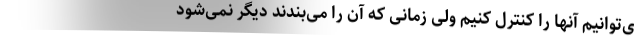
ی‌توانیم آنها را کنترل کنیم ولی زمانی که آن را می‌بندند دیگر نمی‌شود